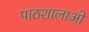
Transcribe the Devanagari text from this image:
पाठशालाओ